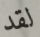
لقد